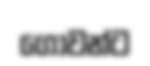
ගොවන්ට